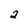
Character: 2